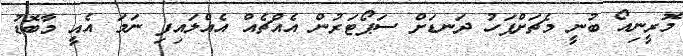
މޮރީނިއޯ ބުނީ މެޗަށްފަހު ދަނޑަށް ސަޕޯޓަރުން އެއްޗެއް އެއްލައިފި ނަމަ އެއީ މާބޮޑު